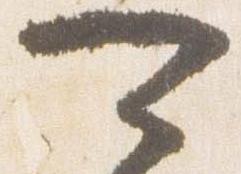
可